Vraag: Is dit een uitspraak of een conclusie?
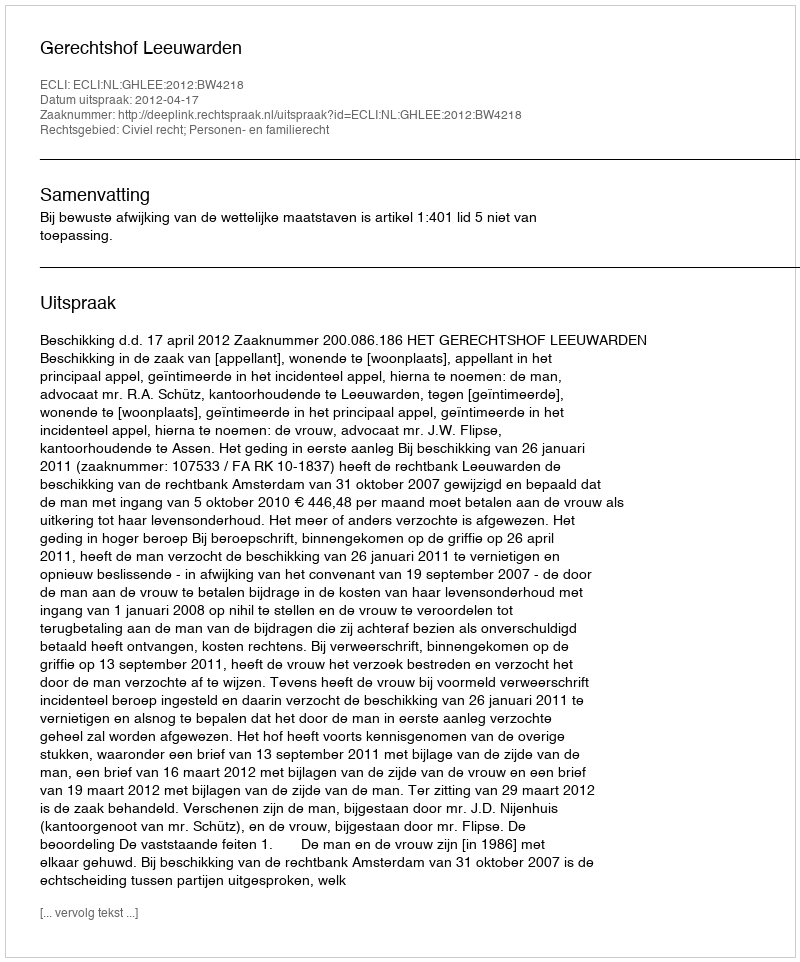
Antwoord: Uitspraak